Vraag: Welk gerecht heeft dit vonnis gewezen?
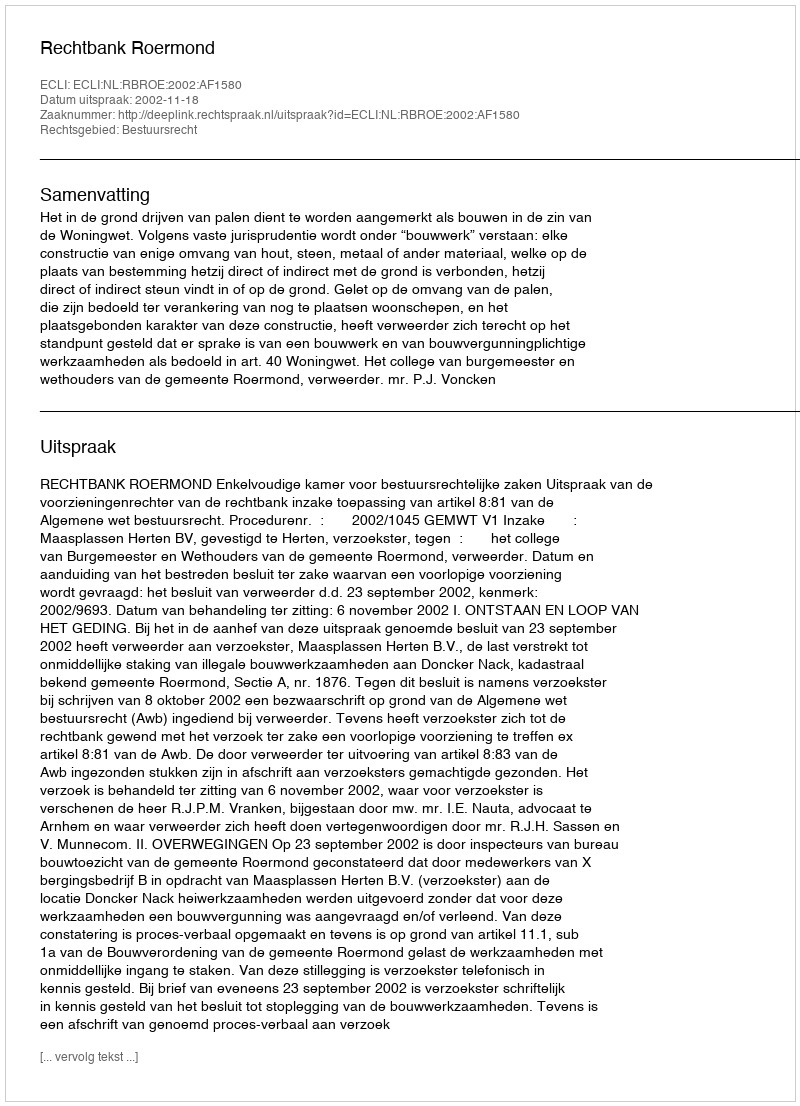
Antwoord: Rechtbank Roermond